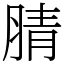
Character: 腈